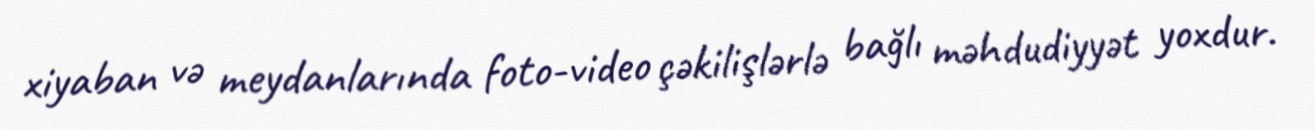
xiyaban və meydanlarında foto-video çəkilişlərlə bağlı məhdudiyyət yoxdur.